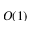
O ( 1 )